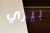
بيزي